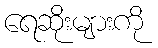
ရေဆိုးများကို